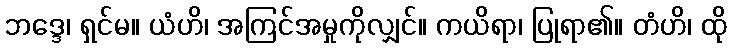
ဘဒ္ဒေ၊ ရှင်မ။ ယံဟိ၊ အကြင်အမှုကိုလျှင်။ ကယိရာ၊ ပြုရာ၏။ တံဟိ၊ ထို